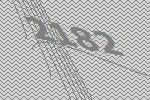
2182